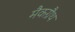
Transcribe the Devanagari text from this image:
मैकग्रैथ